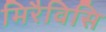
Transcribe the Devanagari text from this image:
मिरैविसि